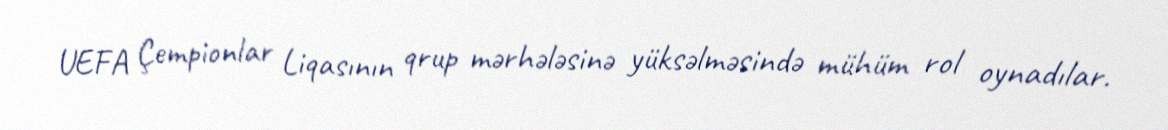
UEFA Çempionlar Liqasının qrup mərhələsinə yüksəlməsində mühüm rol oynadılar.